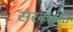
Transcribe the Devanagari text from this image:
सरकवीत